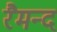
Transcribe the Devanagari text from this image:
रैमन्द